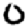
Digit: 0